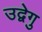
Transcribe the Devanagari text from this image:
उद्वेगु